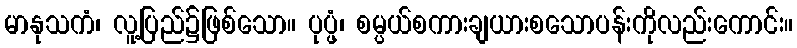
မာနုသကံ၊ လူ့ပြည်၌ဖြစ်သော။ ပုပ္ဖံ၊ စမ္ပယ်စကားချယားစသောပန်းကိုလည်းကောင်း။